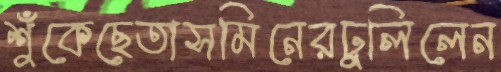
শুঁকেছেতাসমিনেরঢুলিলেন